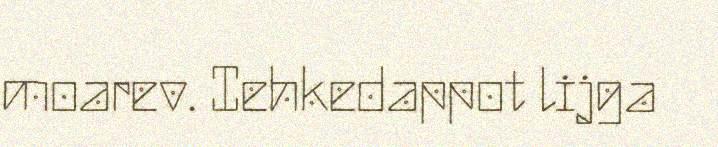
moarev. Iehkedappot lijga